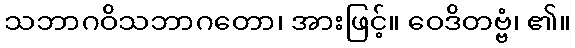
သဘာဂဝိသဘာဂတော၊ အားဖြင့်။ ဝေဒိတဗ္ဗံ၊ ၏။